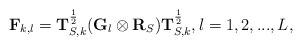
\begin{align*}\bold{F}_{k,l}=\bold{T}_{S,k}^{\frac{1}{2}}(\bold{G}_{l}\otimes\bold{R}_{S})\bold{T}_{S,k}^{\frac{1}{2}},l=1,2,...,L,\end{align*}